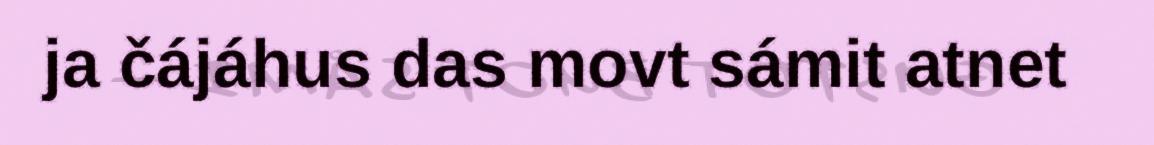
ja čájáhus das movt sámit atnet